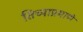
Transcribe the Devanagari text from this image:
तिच्याप्रमाणे